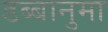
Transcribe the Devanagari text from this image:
डब्बानुमा